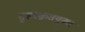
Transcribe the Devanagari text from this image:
सुसंस्कृतयुक्त